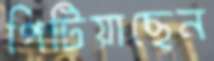
পিটিয়াছেন